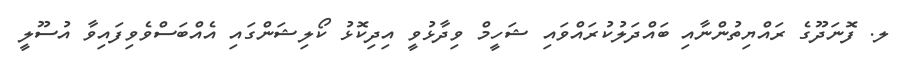
ލ. ފޮނަދޫގެ ރައްޔިތުންނާއި ބައްދަލުކުރައްވައި ޝަހީމް ވިދާޅުވީ އިދިކޮޅު ކޯލިޝަންގައި އެއްބަސްވެވިފައިވާ އުސޫލީ